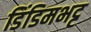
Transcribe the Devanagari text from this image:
डिंडिमभट्ट